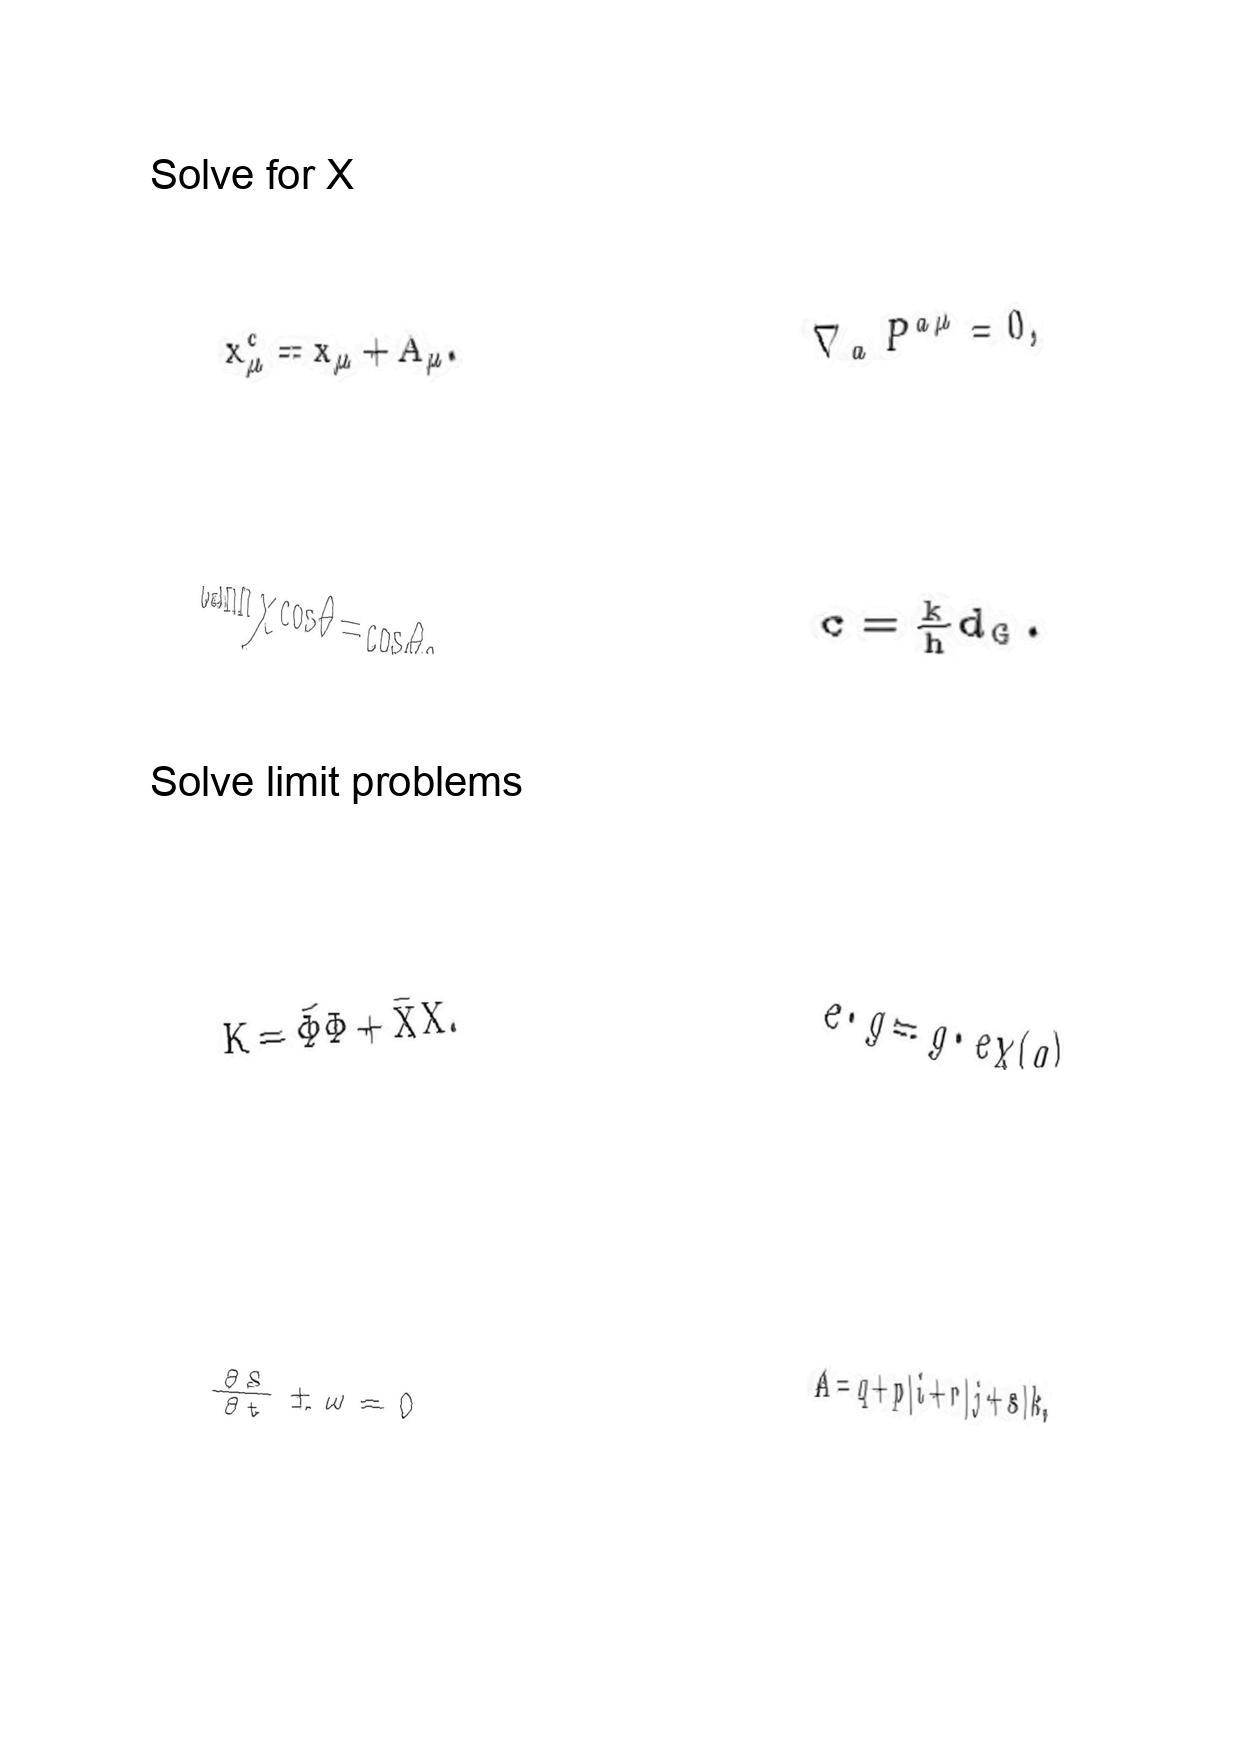
LaTeX transcription:
x _ { \mu } ^ { c } = x _ { \mu } + A _ { \mu } .
\tanh \chi \cos \theta = \cos \theta _ { 0 }
K = \bar { \Phi } \Phi + \bar { X } X .
\frac { \partial S } { \partial t } \pm \omega = 0
\nabla _ { a } P ^ { a \mu } = 0 ,
c = \frac { k } { h } d _ { G } .
e \cdot g = g \cdot e \chi \lparen g \rparen
A = q + p \vert i + r \vert j + s \vert k ,